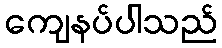
ကျေနပ်ပါသည်